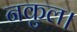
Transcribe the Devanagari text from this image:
नकुल।